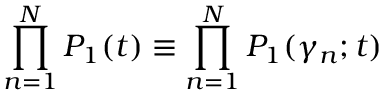
\prod _ { n = 1 } ^ { N } P _ { 1 } ( t ) \equiv \prod _ { n = 1 } ^ { N } P _ { 1 } ( \gamma _ { n } ; t )